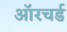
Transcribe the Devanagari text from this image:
ऑरचर्ड